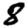
Digit: 8